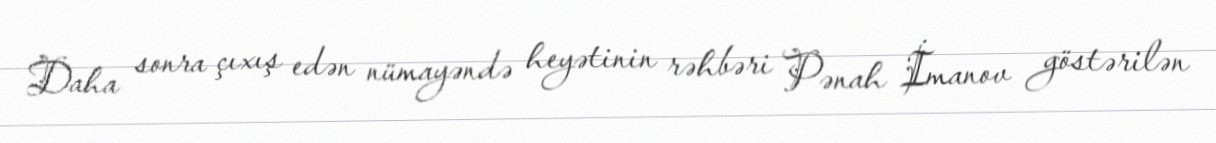
Daha sonra çıxış edən nümayəndə heyətinin rəhbəri Pənah İmanov göstərilən